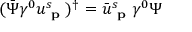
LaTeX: ( { \bar { \Psi } } \gamma ^ { 0 } u _ { \textbf { p } } ^ { s } ) ^ { \dagger } = { \bar { u } } _ { \textbf { p } } ^ { s } \gamma ^ { 0 } \Psi